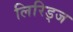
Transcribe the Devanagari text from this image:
लिरिड्ज